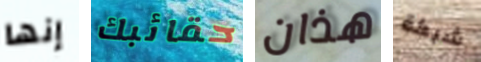
إنها حقائبك هذان شبكة